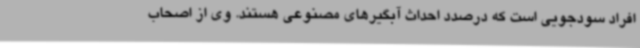
افراد سودجویی است که درصدد احداث آبگیرهای مصنوعی هستند. وی از اصحاب